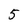
Character: 5